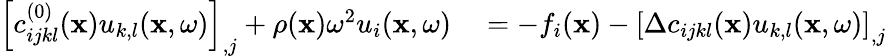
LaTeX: \begin{array}{rl}{\left[c_{ijkl}^{(0)}({\mathbf x})u_{k,l}({\mathbf x,\omega})\right]_{,j}+\rho({\mathbf x})\omega^{2}u_{i}({\mathbf x,\omega})}&{{}=-f_{i}({\mathbf x})-\left[\Delta c_{ijkl}({\mathbf x})u_{k,l}({\mathbf x,\omega})\right]_{,j}}\end{array}